Annual statistical returns and brief notes on vaccination in Bengal - 1909-1929
Year: 1909
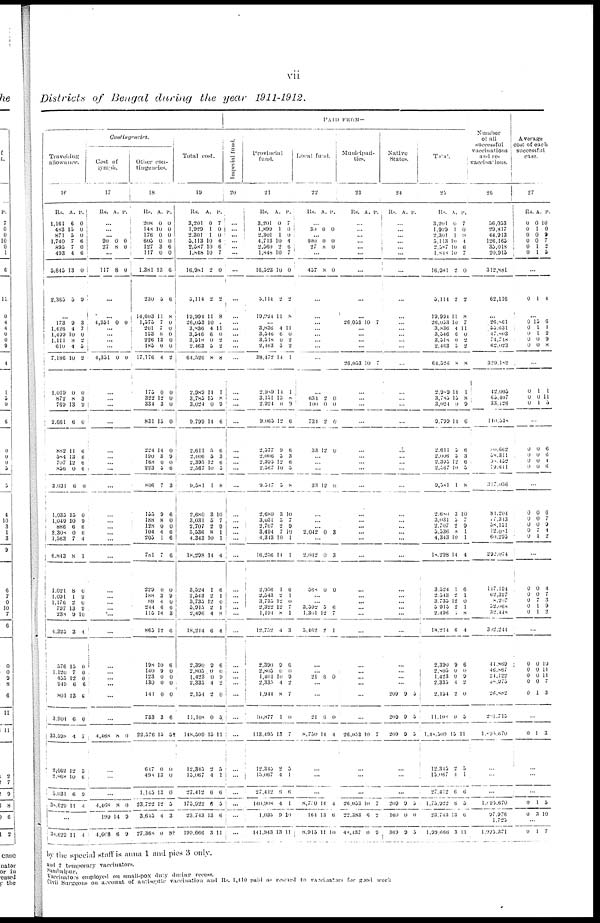
vii
Districts of Bengal during the year 1911-1912.
Contingencies.
Travelling
allowance.
16
Rs.
1,161
483
871
1,740
895
493
5,645
2,365
A.
6
15
5 7
7
4
13
5
P.
0
0
0
6
0
6
0
9
...
173
1,426
1,499
1,111
610
7,186
1,019
872
769
2,661
882
584
707
856
3,031
1,035
1,049
886
2,308
1,563
6,843
1,021
1,091 1,176
797 238
4,325
576
1,120
455 949
801
3,904
33,598
2,162
2,868
5,031
38,629
9
4
10
8
4
10
0
8
13
6
11
13
12
0
6
15
10
6
0
7
8
8
1 2
13
9
3
15
7 12
6
13
6
4
12
10
6
11
3
7
0
2
5
2
0
3
9
0
6
6
6
6
0
0
9
6
6
4
1
0
9 0 9
10
4
0
0
0
6
6
0
7
3
6
9
4
...
...
30,629 11 4
Cost of
lymph.
17
Rs. A. P.
...
...
... 90
27
0
8
0
0
...
117 8 0
...
...
4,351 0 0
...
...
...
...
4,351 0 0
...
...
...
...
...
...
...
...
...
...
... ...
...
...
...
...
... ...
...
...
...
...
...
...
...
...
...
4,468 8 0
...
...
...
4,468
199
8
14
0
9
...
l,668 6 9
Other con-
tingencices.
18
Rs.
208
148
176
605
127
117
1,381
230
14,603
1,575
201
153
226
185
17,176
175
322
334
831
224
190
168
223
806
155
188
128
104
205
781
229
188
88
244
115
865
198
140
123
130
141
733
22,576
647
498
1,145
23,722
3,645
A.
0
10
0
0
3
0
13
5
11
7
7
8
13
0
4
0
12
3
15
14
3
0
5
7
9
8
0
4
1
7
0
3
4 6
14
12
10
9
0
0
0
3
13
0
13
13
12
4
P.
0
0
0
0
6
0
6
6
8
0
0
0
0
0
2
0
0
0
0
0
9
0
6
3
6
0
0
6
6
6
0
9
0 6
3
6
6
0
0
0
0
6
5†
0
0
0
5
3
...
27,368 0 8†
Total cost.
19
Rs.
3,201
1,929
2,301
5,113
2,587
1,848
16,981
5,114
19,994
26,053
3,836
3,546
3,518
2,463
64,526
2,989
3,785
3,024
9,799
2,611
2,006
2,395
2,567
9,581
2,680
3,031
2,707
5,536
4,343
18,298
3,524
2,543
3,735
5,915
2,496
18,214
2,390
2,805
1,423
2,335
2,154
11,108
148,509
12,345
15,067
27,412
175,922
23,743
A.
0
1
1
10
10
10
2
2
11
10
4
6
0
5
8
14
15
0
14
5
5
12
10
1
3
5 2
8
10
11
1
2 12
2
4
6
9
0
0
4
2
0
15
2
4
6
6
13
P.
7
0
0
4
6
7
0
2
8
...
11
0
2 2
8
1
8
9
6
6
3
6
5
8
10
7 9
1 1
4
6
1
0 1
8
4
6
0
9
2
0
5
11
5
1
6
5
6
...
199,666 3 11
PAID FROM—
Imperial fund.
20
...
...
...
...
...
...
...
...
...
...
...
...
...
...
...
...
...
...
...
...
...
...
...
...
...
...
...
...
...
...
...
... ...
...
...
...
...
...
...
...
...
...
...
...
...
...
...
...
...
...
Provincial
fund.
21
Rs.
3,201
1,899
2,301
4,713
... 1,848
16,523
5,114
19,994
A.
0
1
1
10
2
10
10
2
11
P.
7
0
0
4
6
7
0
2
8
...
3,836
3,546
3,518
2,463
38,172
2,909
3,151
2,924
9,065
2,577
2,006
2,395
...
9,547
2,680
3,031
2,707
3,494
4,313
16,256
2,956
2,543
3,735
2,322
1,191
12,752
2,390
2,803
1,401
2,335
1,944
10,877
113,495
12,345
15,067
27,412
140,908
1,035
4
6
0
3
14
14
13
0
12
9
5
12
10
5
3
5 2 7
10
14
1
2 12
12
8
4
9
0
10
4
8
1
13
2
4
6
4
9
11
0
2 2
1
1
0
9
6
6
3
6
5
8
10
7
9
19
1
1
6
1
0
7 1
3
6
0
9
2
7
0
7
5
1
6
1
10
...
141,943 13 11
Local
fund.
22
Rs.
A. P.
...
30 0 0
...
400
27
0
8
0
0
...
457 8 0
...
...
...
...
...
...
...
...
...
631
100
731
33
2
0
2
12
0
0
0
0
...
...
...
33 12 0
...
...
... 2,042 0 3
...
2,012
360
0
0
3
0
... ... 3,592
1,301
5,462
5
12
2
6
7
1
...
... 21 6 0
...
...
21
8,750
6
14
0
4
...
...
...
8,700
164
14
13
4
6
...
8,915 11 10
Municipali-
ties.
23
Rs. A. P.
...
...
...
...
...
...
...
...
...
26 053 10 7
...
...
...
...
26,053 10 7
...
...
...
...
...
...
...
...
...
...
...
...
...
...
...
...
... ...
...
...
...
...
...
...
...
...
...
26,053 10 7
...
...
...
26,053
22,383
10
6
7
2
...
48,437 0 9
Native
States.
24
Rs. A. P.
...
...
...
...
...
...
...
...
...
...
...
...
...
...
...
...
...
...
...
...
...
...
...
...
...
...
...
...
...
...
...
... ... ...
...
...
...
...
...
...
209
209
209
9
9
9
5
5
5
...
...
...
209
160
9
0
5
0
...
369 9 5
Total.
25
Rs.
3,201
1,929
2,301
5,113
2,587
1,840
16,981
5,114
19,991
26,053
3,836
3,546
3,518
2,463
64,526
2,909
3,785
3,024
9,799
2,611
2,006
2,395
2,067
9,581
2,680
3,031
2,707
5,536
4,343
18,298
3,524
2,543
3,735
5,915
2,496
18,214
2,390
2,805
1,423
2,335
2,154
11,108
1,40,509
12,348
15,067
27,412
1,75,922
23,713
A.
0
1
1
10
10
10
2
2
11
10
4
6
0
5
8
14
15
0
14
5
5
12
10
1
3
5
2 8
10
14
1
2 12
2
0
6
9
0
0
4
2
0
15
2
4
6
6
13
P.
7
0
0
4
6
7
0
2
8
7
11
0
2 2
8
1
8
9
6
6
3
6
5
8
10
7
9
1
1
4
6
1
0
1
8
4
6
0
9
2
0
5
11
5
1
6
3
6
...
1,99,666 3 11
Number
of all
successful
vaccinations
and re-
vaccinations.
26
56,053
29,817
44,913
126,165
35,018
20,915
312,881
62,116
...
26,861
55,631
47,803
74,748
62,023
329,182
42,005
65,407
33,126
140,530
10,662
68,311
10,452
79,611
117,036
81,204
7,343
38,151
12,081
60,295
292,074
147,194
62,327
8,207
52,068
32,448
302,241
41,869
46,867
21,122
30,975
26,882
201,715
l,95,670
...
...
...
1,95,670
97,976
1,725
1,995,371
Average
cost of each
successful
case.
27
Rs
0
0
0
0
0
0
A.
0
1
0
0
1
1
P.
10
0
9
7
2
5
...
0 1 4
...
0
0
0
0
0
15
1
1
0
0
6
1
2
9
8
...
0
0
0
1
0
1
1
11
5
...
0
0
0
0
0
0
0
0
6
6
1
6
...
0
0
0
0
0
0
0
0
7 1
6
7
9
4
2
...
0
0
0
0
0
0
0
7
1
1
4
7
3
9
2
...
0
0
0
0
0
0
0
0
0
1
10
11
11
7
3
...
0 1 3
...
...
...
0
0
1
3
5
10
...
0
1 7
by the special staff is anna 1 and pies 3 only.
and 2 temporary vaccinators.
Sambalpur.
Vaccinator's employed on small-pox duty during recess.
Civil Surgeons on account of antiseptic vaccination and Rs. 1,410 paid as rewad to vaccinators for good work